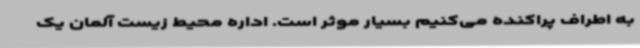
به اطراف پراکنده می‌کنیم بسیار موثر است. اداره محیط زیست آلمان یک